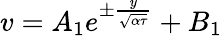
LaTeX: v=A_{1}e^{\pm\frac{y}{\sqrt{\alpha\tau}}}+B_{1}